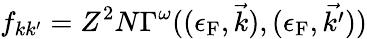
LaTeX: f_{kk^{\prime}}=Z^{2}N\Gamma^{\omega}((\epsilon_{\mathrm{{F}}},{\vec{k}}),(\epsilon_{\mathrm{{F}}},{\vec{k^{\prime}}}))